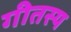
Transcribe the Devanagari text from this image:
गीतस्य